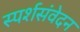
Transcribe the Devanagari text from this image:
स्पर्शसंवेदन